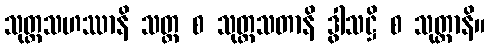
သုတ္တသဟဿာနိ သတ္တ စ သုတ္တသတာနိ ဒွါသဋ္ဌိ စ သုတ္တာနိ။